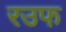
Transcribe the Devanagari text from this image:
रउफ